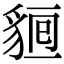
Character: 𧳔